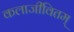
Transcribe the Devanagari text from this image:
कलाजीवितम्